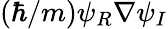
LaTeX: (\hbar/m)\psi_{R}\nabla\psi_{I}